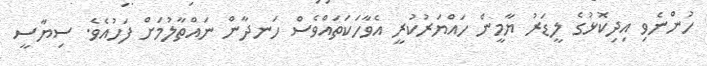
ހުންނެވި އިދިކޮޅުގެ ލީީޑަރު ޔާމީން ހައްޔަރުކުރީ އެވާހަކަތައްވެސް ހަނދާން ނައްތާލުމަށް ފަހުއެވެ. ސިޔާސީ